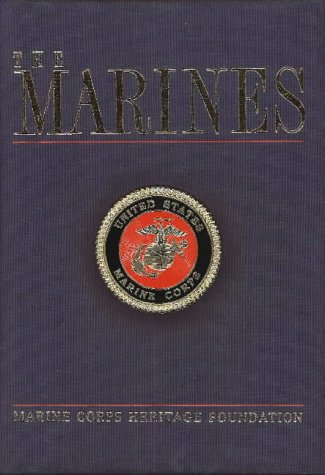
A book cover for The Marines; Arts & Photography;